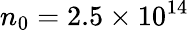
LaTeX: n_{0}=2.5\times 10^{14}